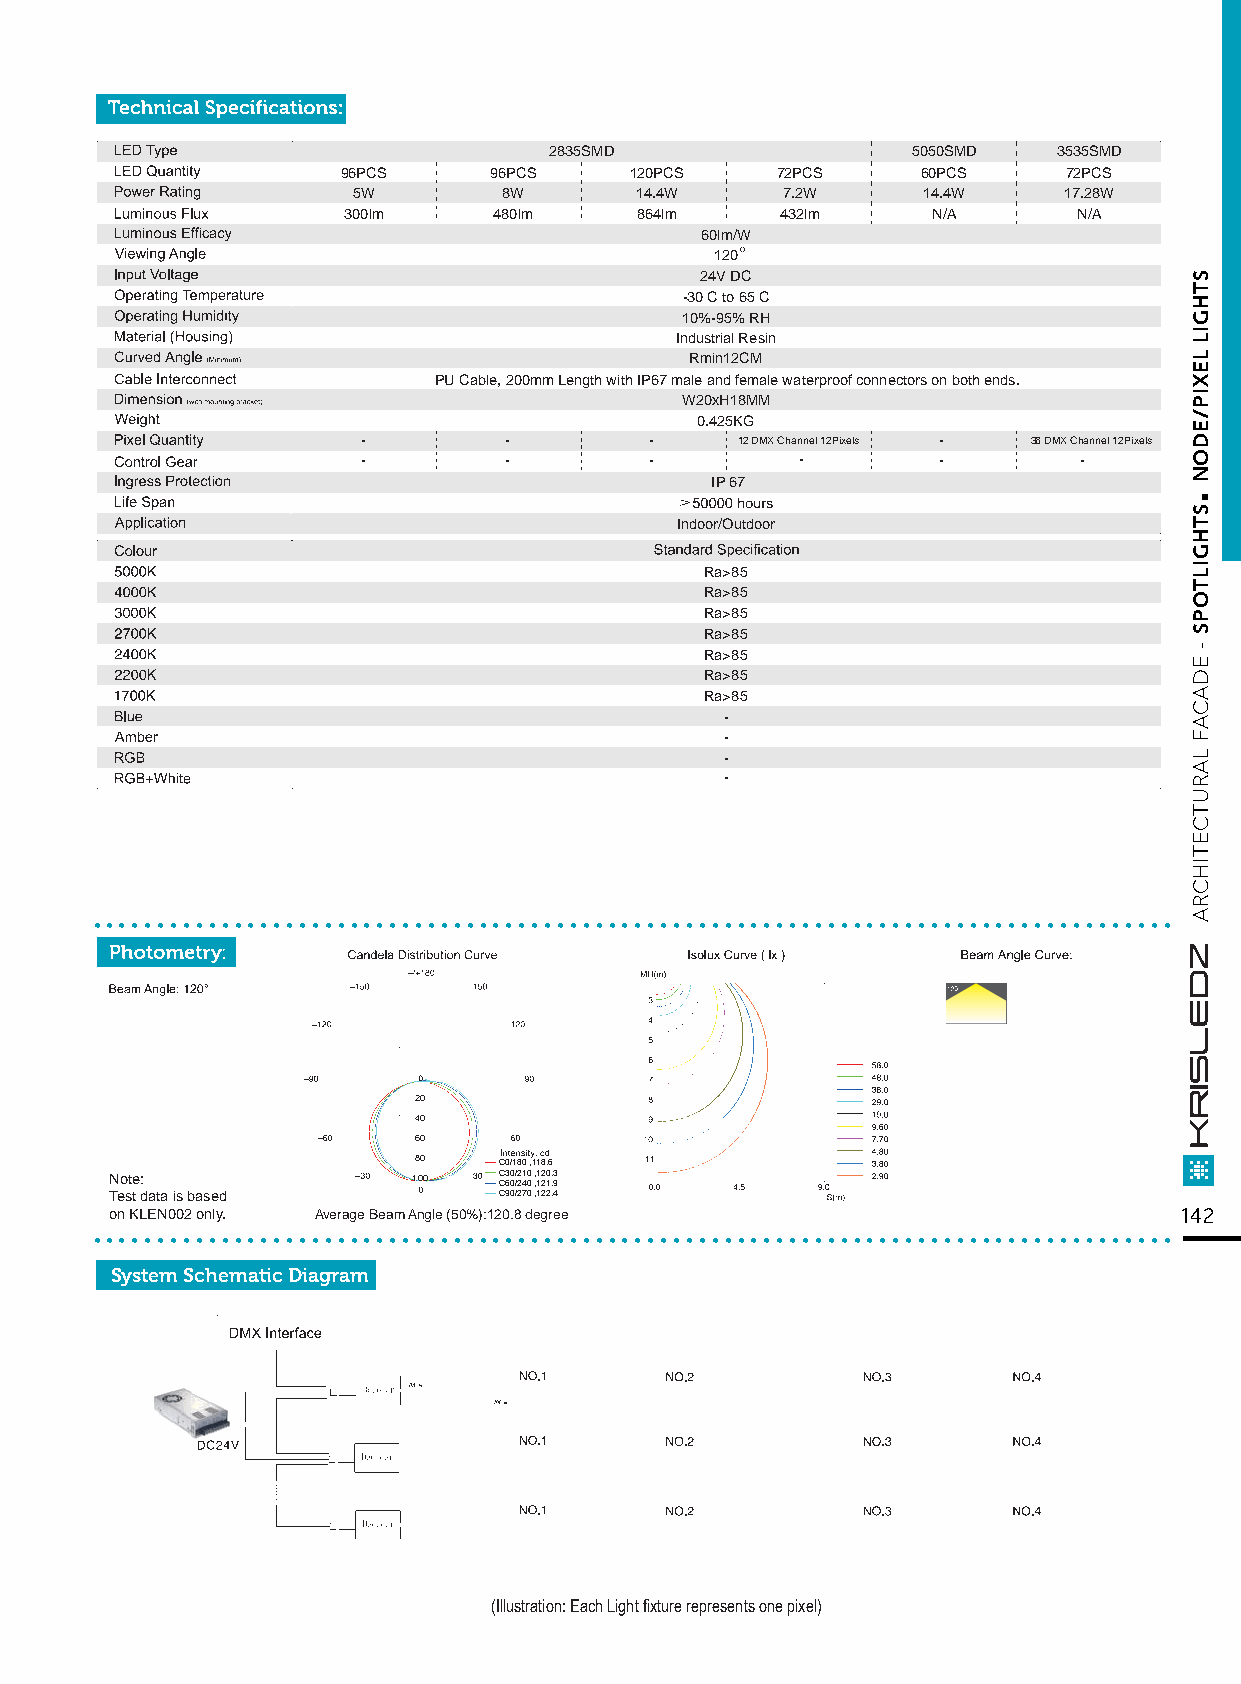
2835SMD                 5050SMD   3535SMD
 96PCS    96PCS     120PCS   72PCS     60PCS     72PCS
 5W        8W       14.4W     7.2W     14.4W    17.28W
 300lm     480lm    864lm     432lm     N/A      N/A
 60lm/W
 120
 24V DC
 -30 C t o 65 C
 10%-95% RH
 Industrial Resin
 Rmin12CM
 PU Cable, 200mm Length with IP67 male and female waterproof connectors on both ends.
 W20xH18MM
 0.425KG
 -        -         -     12 DMX Channel 12Pixels - 36 DMX Channel 12Pixels
 -        -         -         -        -        -
 IP 67
 Indoor/Outdoor
 Ra>85
 Ra>85
 Ra>85
 Ra>85
 Ra>85
 Ra>85
 Ra>85
 -
 -
 -
 -
 ....................................................................................
 0
 20
 40
 60
 80    C0/180 ,118.6
 Note:               100   C C3 60 0/ /2 21 40 0 , ,1 12 20 1. .3 9
 Test data is based        C90/270 ,122.4
 ..o.n K.L.E.N0.0.2 .on.ly.. . ......Av.e.ra.ge. B.ea.m. A.ng.le. (5.0.%.):1.20..8. d.eg.re.e............................................... 142
 System Schematic Diagram
 (Illustration: Each Light fixture represents one pixel)
 .
 STHGIL
 LEXIP/EDON
 STHGILTOPS
 -
 EDACAF
 LARUTCETIHCRA